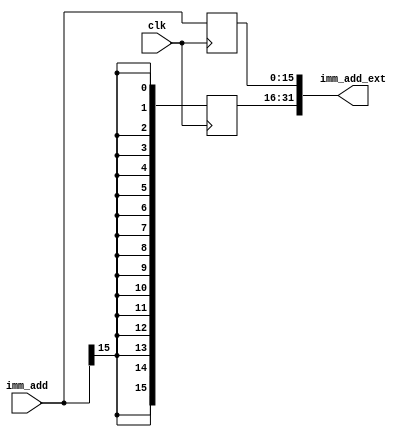
`timescale 1ns / 1ps
//////////////////////////////////////////////////////////////////////////////////
//Project - ECE690
//Maker - Jagrut Jadhav
//////////////////////////////////////////////////////////////////////////////////


module sign_extend(
input clk,
input [15:0] imm_add,
output [31:0] imm_add_ext
    );
integer i;  
reg [15:0] ext_l; 
reg [15:0] ext_h; 
wire bit;
    always @ (posedge clk) 
   begin
    ext_l <= imm_add;
    for (i = 0 ; i< 16; i=i+1)
    begin
       ext_h[i] <=  bit;
    end
   end
   assign bit = imm_add[15];
   assign imm_add_ext = {ext_h,ext_l};
endmodule